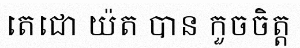
តេជោ យ៉ត បាន កួចចិត្ត